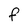
Character: F